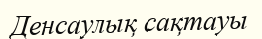
Денсаулық сақтауы